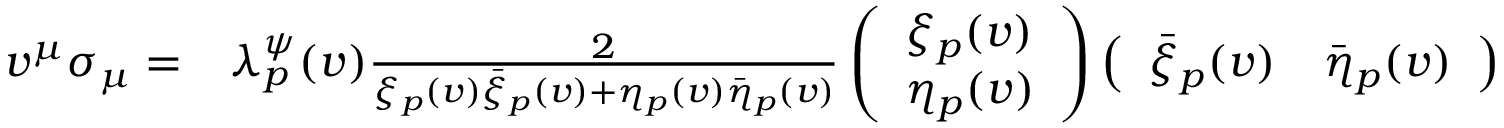
\begin{array} { r l } { v ^ { \mu } \sigma _ { \mu } = } & { \lambda _ { p } ^ { \psi } ( v ) \frac { 2 } { \xi _ { p } ( v ) \bar { \xi } _ { p } ( v ) + \eta _ { p } ( v ) \bar { \eta } _ { p } ( v ) } \left( \begin{array} { l } { \xi _ { p } ( v ) } \\ { \eta _ { p } ( v ) } \end{array} \right) \left( \begin{array} { l l } { \bar { \xi } _ { p } ( v ) } & { \bar { \eta } _ { p } ( v ) } \end{array} \right) } \end{array}